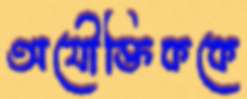
অযৌক্তিককে